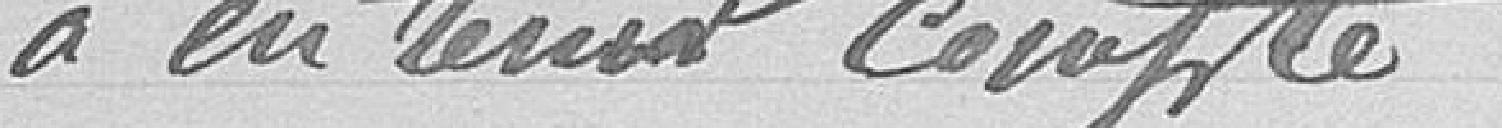
à en tenir compte